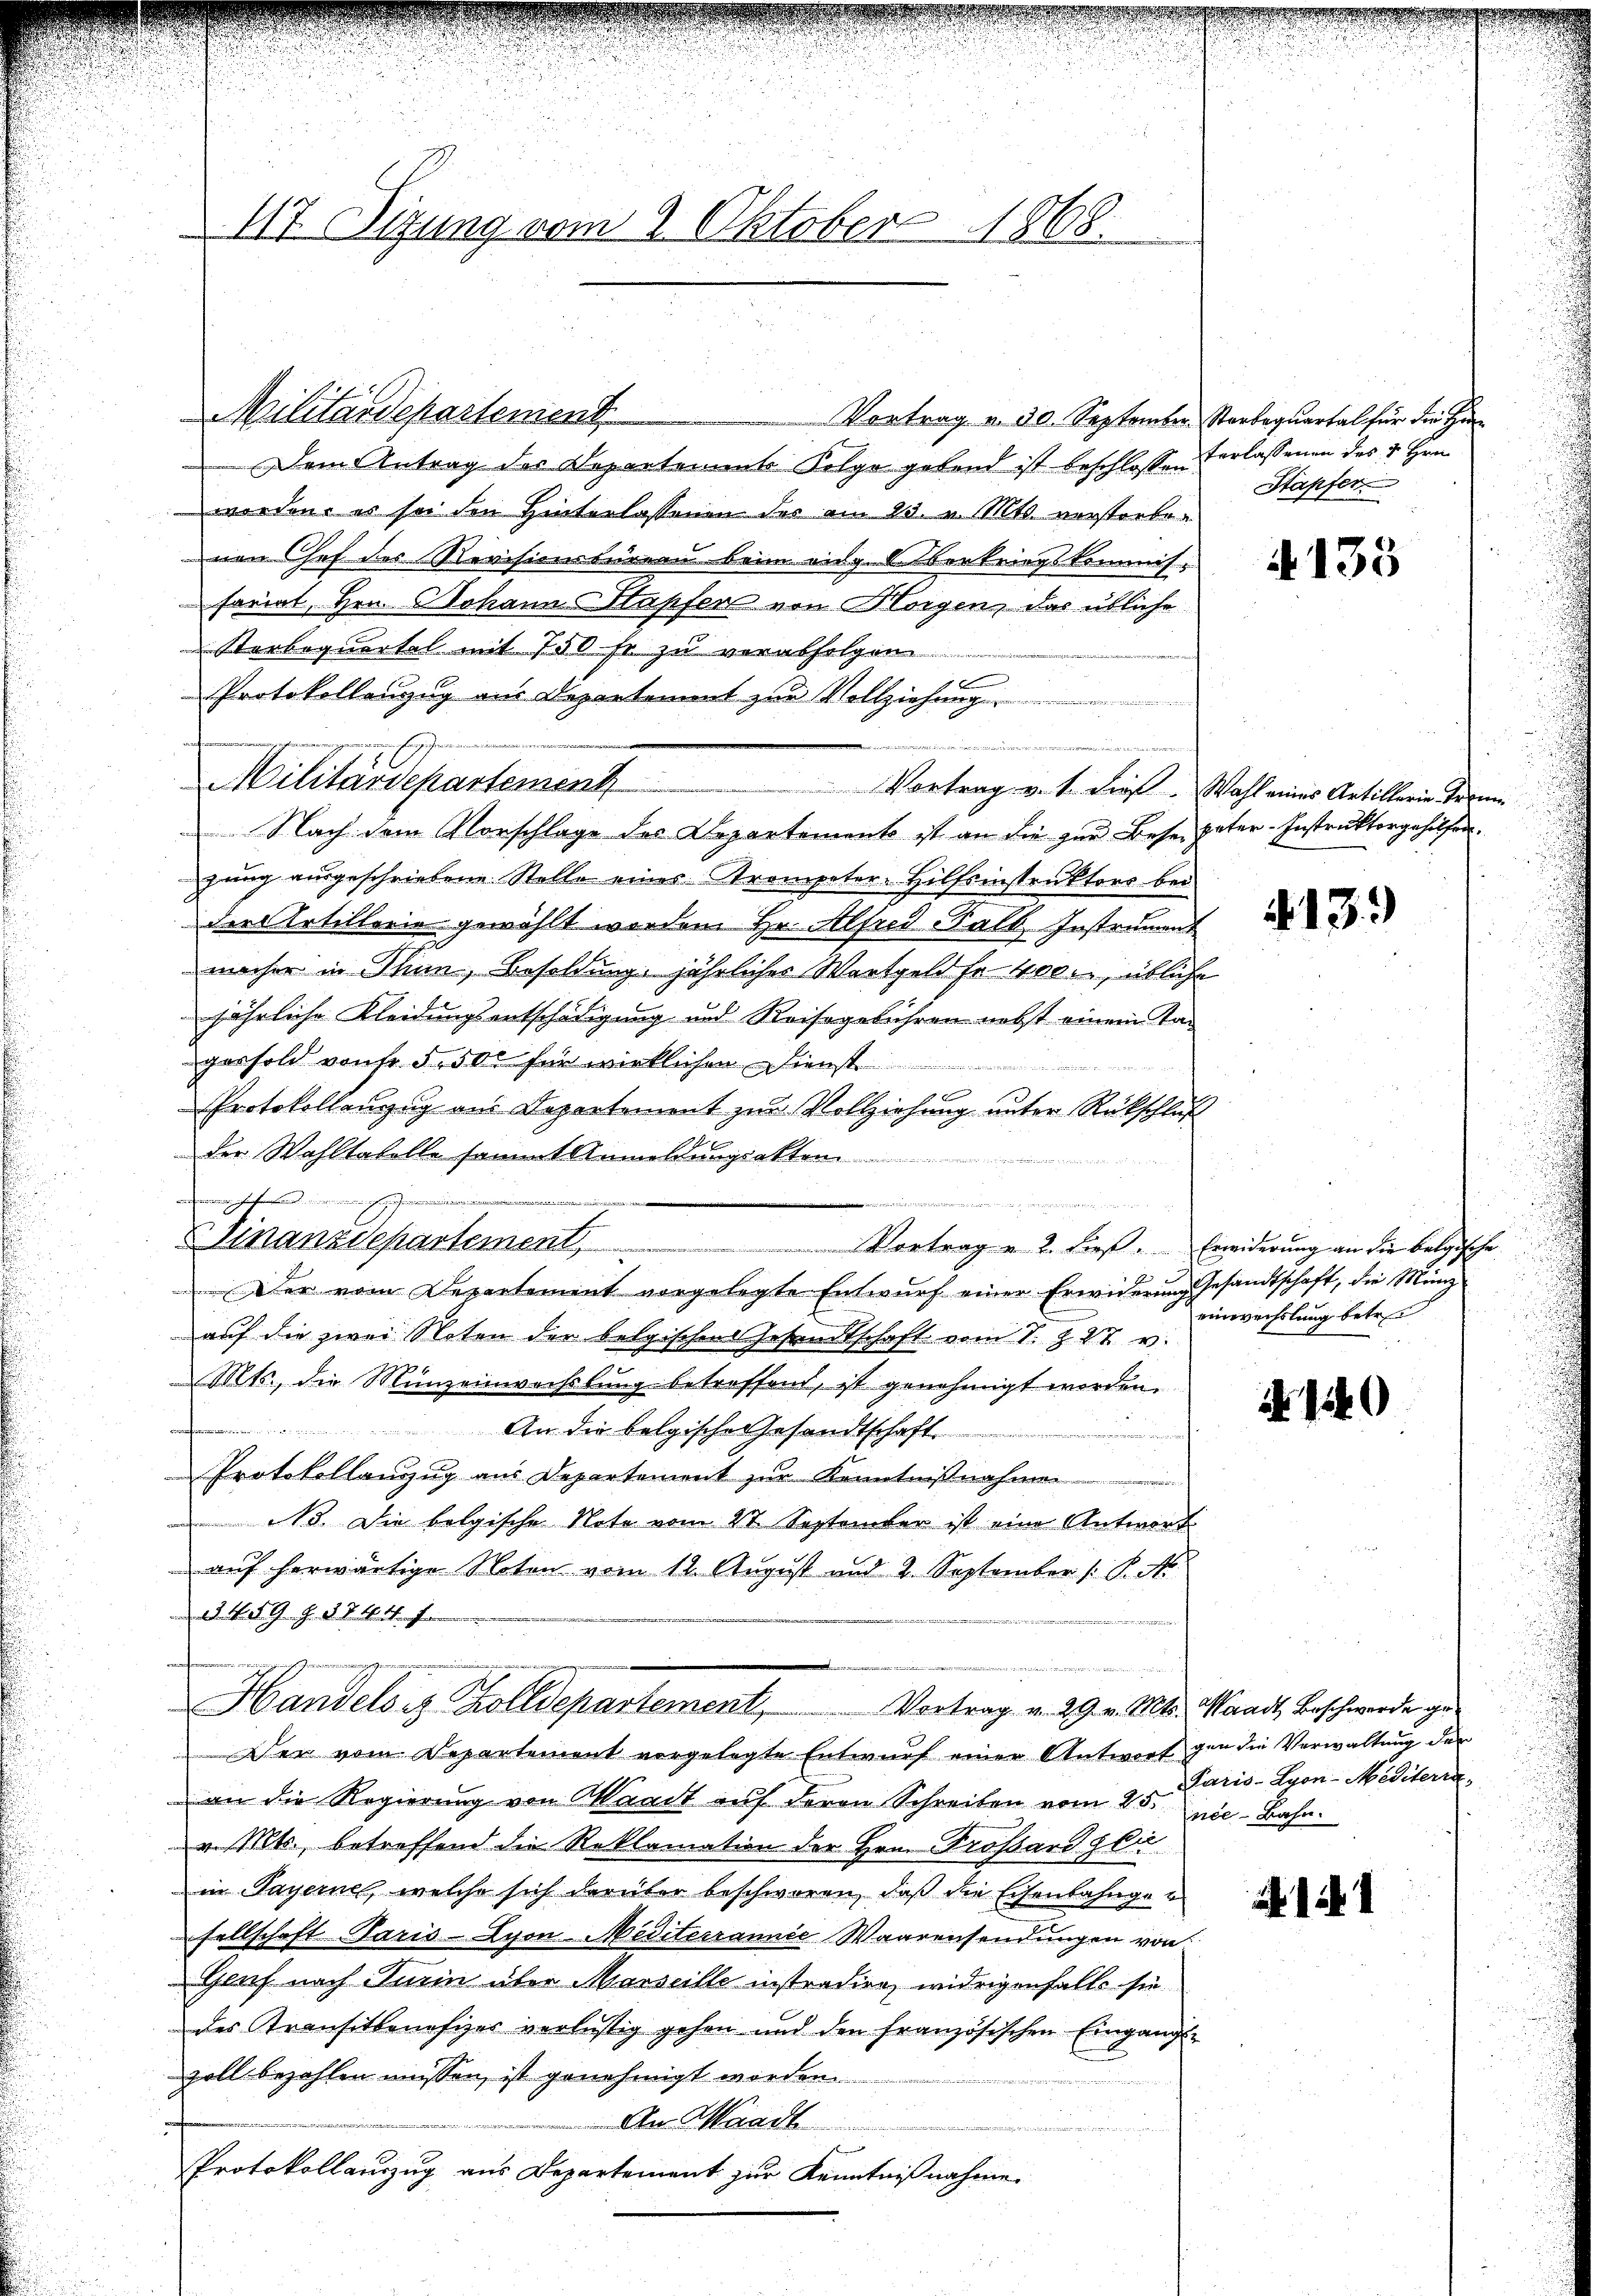
Militärdepartement

117. Sizung vom 2. Oktober 1868.

Militärdepartement

u
 Vortrag u. 2. dieß. Erwiderung an die belgische

Vortrag u. 30. September Starquartal für die Ha
Dem Antrag des Departements Folge gebend ist beschlossen
worden, es sei den Hinterlassenen der am 23. v. Mts. verstorbenen Chef des Revisionsbüreau beim eidg. Vertriegskommis
fariat, Hrn. Johann Stapfer von Morgen, das übliche
Sterbequartal mit 750 fr zu verabfolgen.
Protokollenzig aus Departement zur Vollziehung
Vortrag v. 1. dieß. Wahl eines Artillerie Trenn
 Nach dem Vorschlage des Departement ist an die zur Bese pater-Instruktorgehilferzung ausgeschriebene Stelle eines Trompeter- Hilfsinstruktors bei
der Artillerie gewählt worden Hr. Alfred Halt. Instrument
macher in Thun, Besoldung jährliches Wartgeld fr 400. übliche
jährliche Kleidungsentschädigung und Reissgebühren nebst einem Tagerhold von fr. 5. 500 für wirklichen Dienst
Protokollenzug aus Departement zur Vollziehung unter Rückschluß
der Wahltatelle sammt Anmeldungsakten
wer waren hiehenten, einen wurde ich einen
g
Finanzdepartement
Der vom Departement vorgelegte Entwurf einer Erwiderung gesandtschaft, die Münzauf die zwei Noten der belgischen Gesandtschaft vom 1. Z. 27 v.
Mts., die Münzeinwechslung betreffend, ist genehmigt worden.
.
An die belgische Gesandtschaft
Protokollanzug aus Departement zur Kenntnißnahmen
NB. Die belgische Note vom 27. September ist eine Antwort
 auf herwärtige Noton vom 12. August und 2 September /: P. M.
13. St. G. H. d. d. 4. J
ee einer den
Handels er Zolldepartement, Vortrag v. 29. v. Mts. Waadt, Beschwerde ge¬
Der vom Departement vorgelegte Entwurf einer Antwort gen die Verwaltung der
an die Regierung von Waadt auf deren Schreiben vom 25. nie Bahn.
v. Mts., betreffend die Reklamation der Hrn. Trossard gla
in Payernel, welche sich darüber beschworen, daß die Eisenbahngesellschaft Paris - Lyon-Mediterrannie Waarensendungen von
Genf nach Turin über Marseille instradier, widrigenfalls sie
des Transitbenefizes verlustig gehen und den französischen Eingangs-
zoll bezahlen müssen, ist genehmigt worden.
An Waadt
Protokollauszug aus Departement zur Kenntnißnahme.

verlassenen des u Hrn
Stapfer

4135

§. 13.

einwechslung betr.

N 140

Paris - Lyon-Mediterra

11